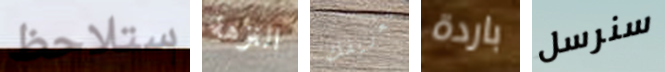
ستلاحظ النزهة تعريفك باردة سنرسل